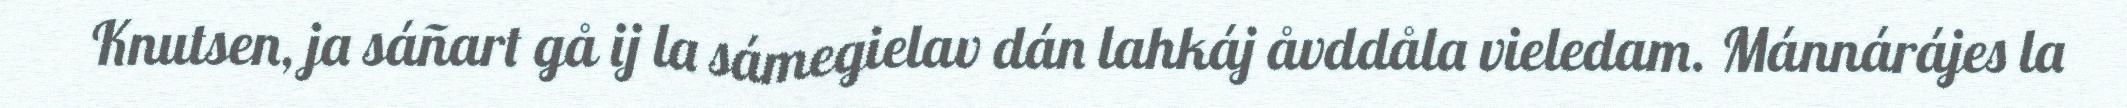
Knutsen, ja sáñart gå ij la sámegielav dán lahkáj åvddåla vieledam. Mánnárájes la